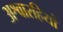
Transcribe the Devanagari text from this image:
अश्वारहियों